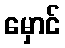
မှောင်